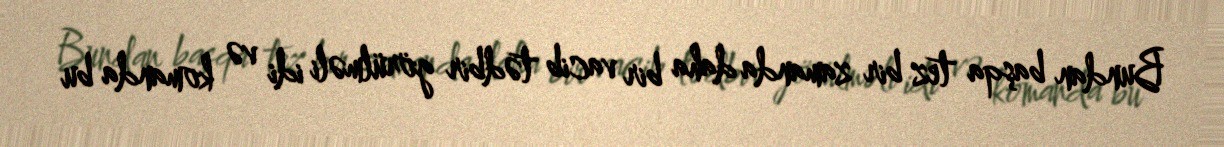
Bundan başqa tez bir zamanda daha bir vacib tədbir görülməli idi və komanda bu